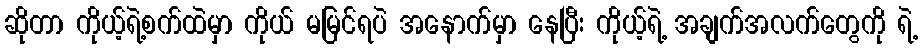
ဆိုတာ ကိုယ့်ရဲ့စက်ထဲမှာ ကိုယ် မမြင်ရပဲ အနောက်မှာ နေပြီး ကိုယ့်ရဲ့ အချက်အလက်တွေကို ရဲ့